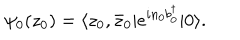
\psi _ { 0 } ( z _ { 0 } ) = \langle z _ { 0 } , \bar { z } _ { 0 } \vert e ^ { i n _ { 0 } b _ { 0 } ^ { \dagger } } \vert 0 \rangle .